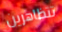
تتظاهرين